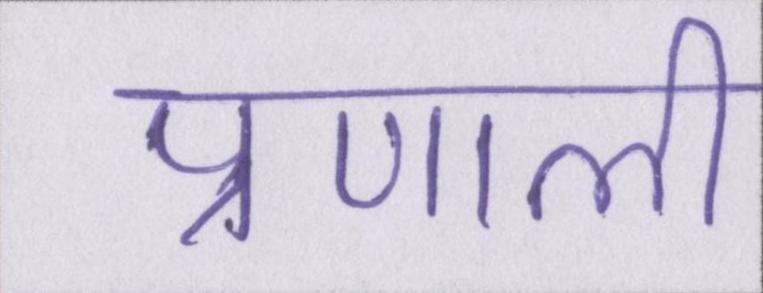
प्रणाली